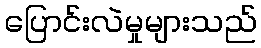
ပြောင်းလဲမှုများသည်